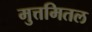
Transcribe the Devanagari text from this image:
मुत्तमितल